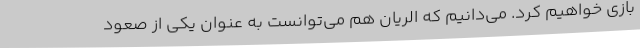
بازی خواهیم کرد. می‌دانیم که الریان هم می‌توانست به عنوان یکی از صعود